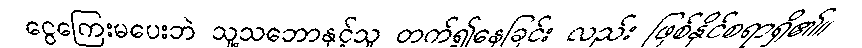
ငွေကြေးမပေးဘဲ သူ့သဘောနှင့်သူ တက်၍နေခြင်း လည်း ဖြစ်နိုင်စရာရှိ၏။